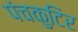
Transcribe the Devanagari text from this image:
पंचकुटिर